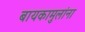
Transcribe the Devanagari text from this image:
बायकामुलांना